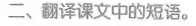
二、翻译课文中的短语。